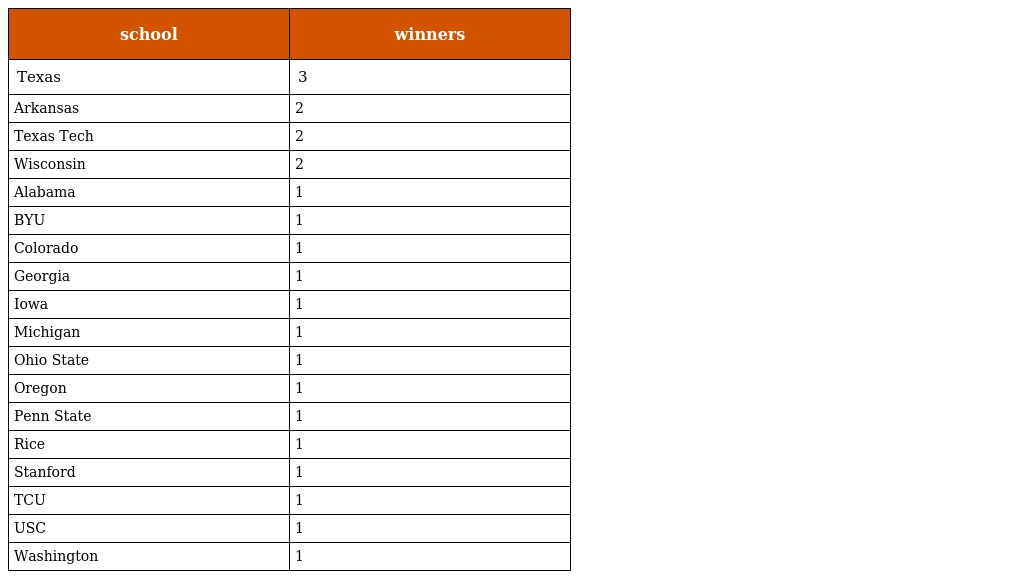
| school | winners |
 | --- | --- |
 | Texas | 3 |
 | Arkansas | 2 |
 | Texas Tech | 2 |
 | Wisconsin | 2 |
 | Alabama | 1 |
 | BYU | 1 |
 | Colorado | 1 |
 | Georgia | 1 |
 | Iowa | 1 |
 | Michigan | 1 |
 | Ohio State | 1 |
 | Oregon | 1 |
 | Penn State | 1 |
 | Rice | 1 |
 | Stanford | 1 |
 | TCU | 1 |
 | USC | 1 |
 | Washington | 1 |